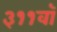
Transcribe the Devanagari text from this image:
३११वॉ